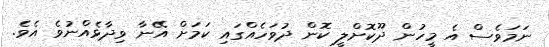
ނަމަވެސް އެ މީހުން ދޫކޮށްލީ ކޮން ދުވަހެއްގައި ކަމަށް އޭނާ ވިދާޅެއްނުވެ އެވެ.